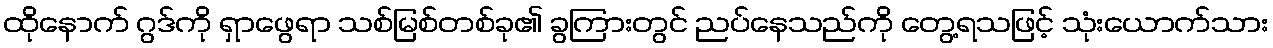
ထိုနောက် ဂွဒ်ကို ရှာဖွေရာ သစ်မြစ်တစ်ခု၏ ခွကြားတွင် ညပ်နေသည်ကို တွေ့ရသဖြင့် သုံးယောက်သား